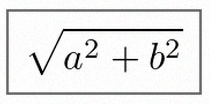
\sqrt{a^2+b^2}